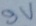
Text: 9V